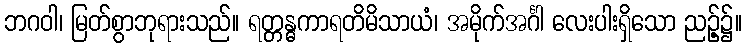
ဘဂဝါ၊ မြတ်စွာဘုရားသည်။ ရတ္တန္ဓကာရတိမိသာယံ၊ အမိုက်အင်္ဂါ လေးပါးရှိသော ညဉ့်၌။